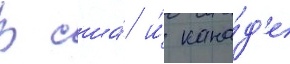
В сша́ и́ кана́д'е